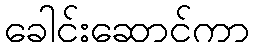
ခေါင်းဆောင်ကာ